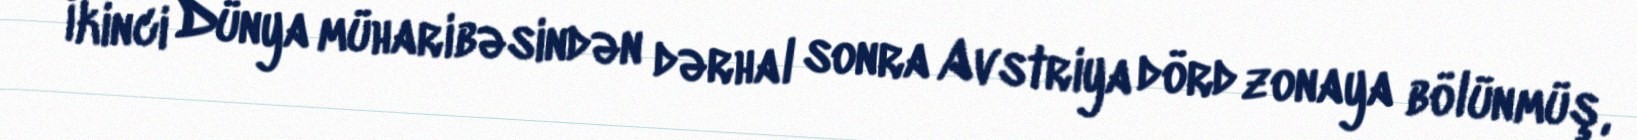
İkinci Dünya müharibəsindən dərhal sonra Avstriya dörd zonaya bölünmüş,